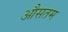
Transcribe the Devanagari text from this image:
औसतम